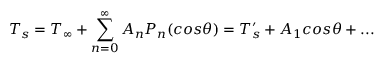
T _ { s } = T _ { \infty } + \sum _ { n = 0 } ^ { \infty } A _ { n } P _ { n } ( c o s \theta ) = { T _ { s } ^ { \prime } } + A _ { 1 } c o s \theta + . . .